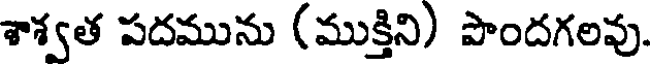
శాశ్వత పదమును (ముక్తిని) పొందగలవు.